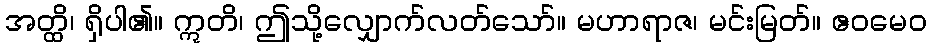
အတ္ထိ၊ ရှိပါ၏။ ဣတိ၊ ဤသို့လျှောက်လတ်သော်။ မဟာရာဇ၊ မင်းမြတ်။ ဧဝမေဝ